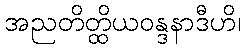
အညတိတ္ထိယဝန္ဒနာဒီဟိ၊